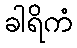
ခါရိကံ